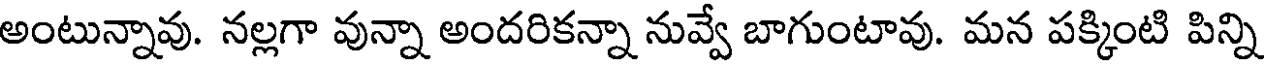
అంటున్నావు. నల్లగా వున్నా అందరికన్నా నువ్వే బాగుంటావు. మన పక్కింటి పిన్ని